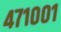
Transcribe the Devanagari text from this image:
४७१००१